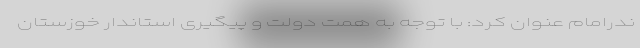
ندرامام عنوان کرد: با توجه به همت دولت و پیگیری استاندار خوزستان